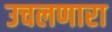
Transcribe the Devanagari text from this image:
उचलणारा